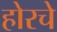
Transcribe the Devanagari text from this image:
होरचे